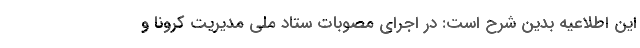
این اطلاعیه بدین شرح است: در اجرای مصوبات ستاد ملی مدیریت کرونا و